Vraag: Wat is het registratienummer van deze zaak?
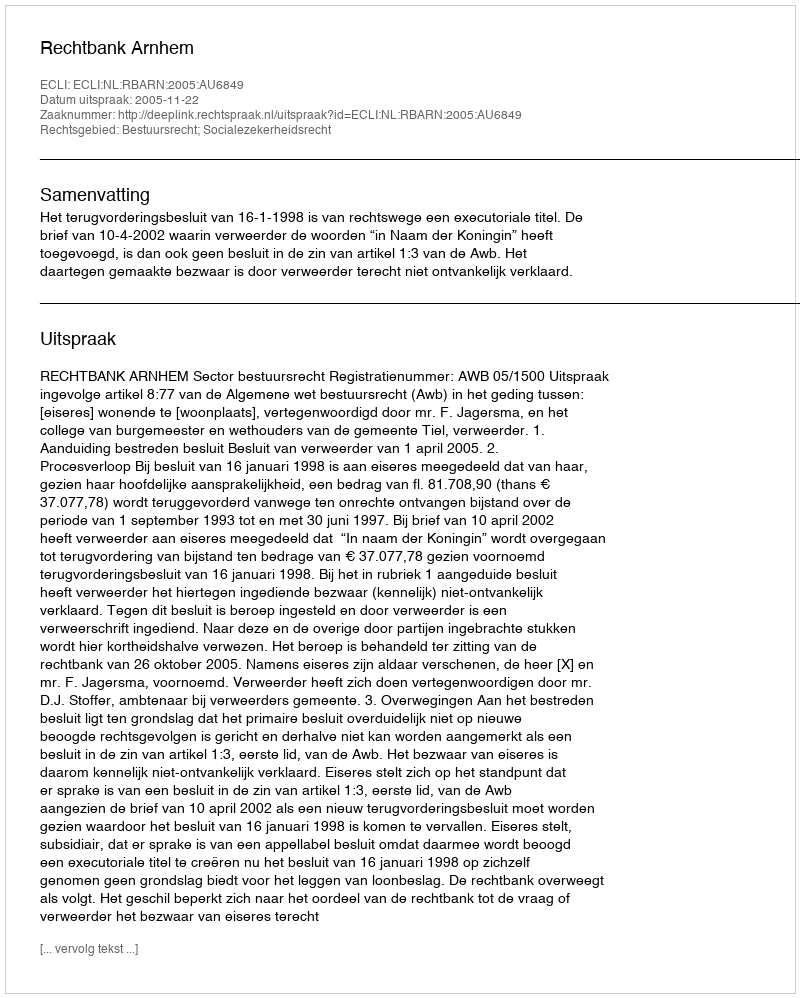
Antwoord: http://deeplink.rechtspraak.nl/uitspraak?id=ECLI:NL:RBARN:2005:AU6849